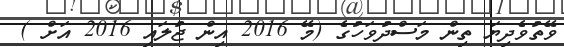
ވޭތުވެދިޔަ ތިން މަސްދުވަހުގެ (މޭ 2016 އިން ޖުލައި 2016 އަށް )